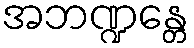
အဘဏ္ဍန္တေ